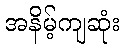
အနိမ့်ကျဆုံး